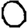
Digit: 0